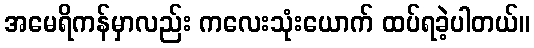
အမေရိကန်မှာလည်း ကလေးသုံးယောက် ထပ်ရခဲ့ပါတယ်။